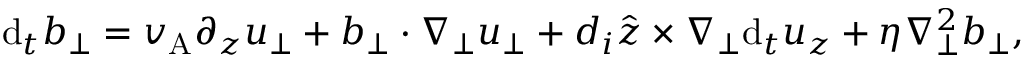
\mathrm { d } _ { t } \boldsymbol { b } _ { \perp } = v _ { \mathrm { A } } \partial _ { z } \boldsymbol { u } _ { \perp } + \boldsymbol { b } _ { \perp } \cdot \nabla _ { \perp } \boldsymbol { u } _ { \perp } + d _ { i } \hat { \boldsymbol { z } } \times \nabla _ { \perp } \mathrm { d } _ { t } u _ { z } + \eta \nabla _ { \perp } ^ { 2 } \boldsymbol { b } _ { \perp } ,